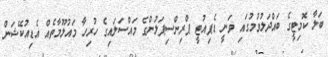
ބަލާ ކޮމިޓީގެ ބައްދަލުވުމުގައި ވަނީ ޑެޕިއުޓީ ޕްރިންސިޕަލުންގެ މައްސަލައިގެ ހުރިހާ މައުލޫމާތެއް އެޑިއުކޭޝަން